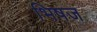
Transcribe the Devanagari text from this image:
भिषज